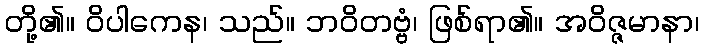
တို့၏။ ဝိပါကေန၊ သည်။ ဘဝိတဗ္ဗံ၊ ဖြစ်ရာ၏။ အဝိဇ္ဇမာနာ၊